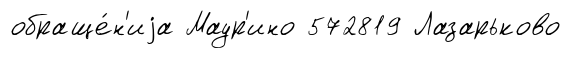
обраще́н'иjа Маур'ино 572819 Лазарьково